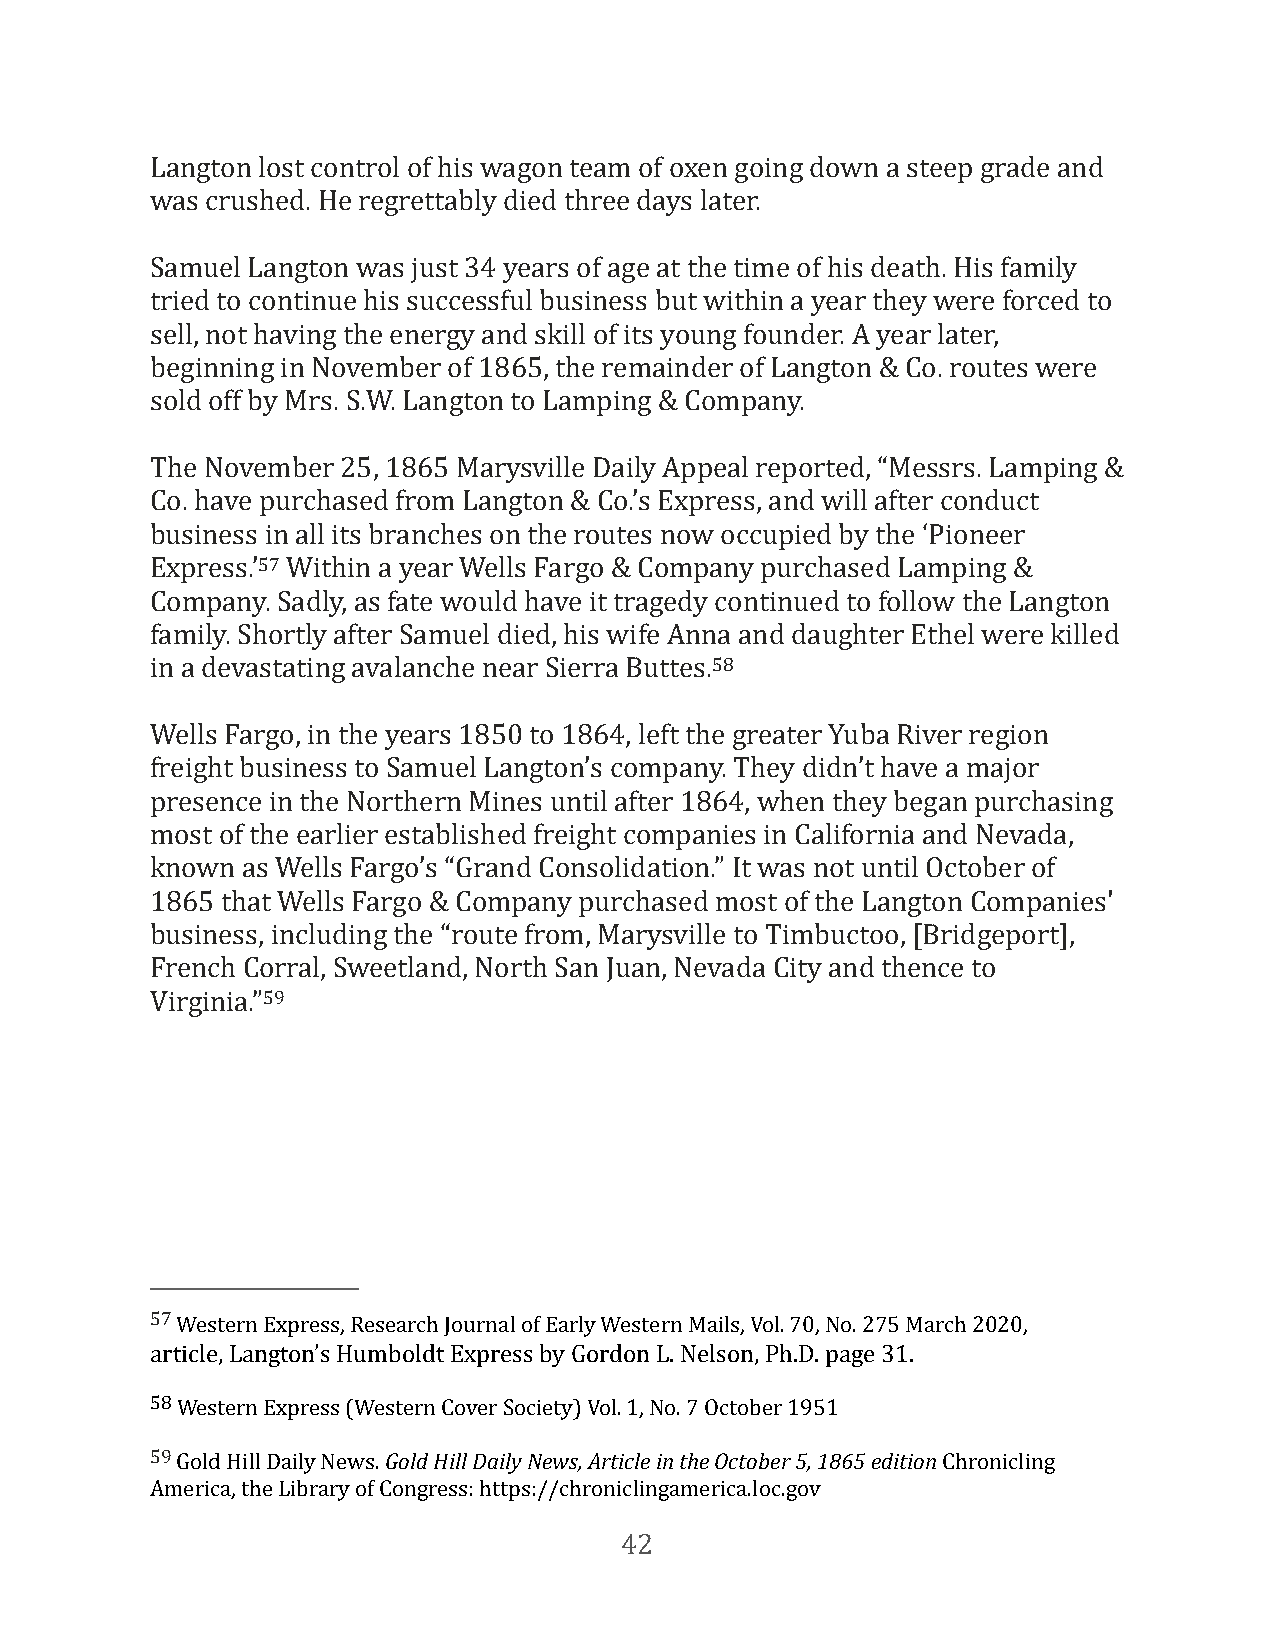
Langton lost control of his wagon team of oxen going down a steep grade and
 was crushed. He regrettably died three days later.
 Samuel Langton was just 34 years of age at the time of his death. His family
 tried to continue his successful business but within a year they were forced to
 sell, not having the energy and skill of its young founder. A year later,
 beginning in November of 1865, the remainder of Langton & Co. routes were
 sold off by Mrs. S.W. Langton to Lamping & Company.
 The November 25, 1865 Marysville Daily Appeal reported, “Messrs. Lamping &
 Co. have purchased from Langton & Co.’s Express, and will after conduct
 business in all its branches on the routes now occupied by the ‘Pioneer
 Express.’57 Within a year Wells Fargo & Company purchased Lamping &
 Company. Sadly, as fate would have it tragedy continued to follow the Langton
 family. Shortly after Samuel died, his wife Anna and daughter Ethel were killed
 in a devastating avalanche near Sierra Buttes.58
 Wells Fargo, in the years 1850 to 1864, left the greater Yuba River region
 freight business to Samuel Langton’s company. They didn’t have a major
 presence in the Northern Mines until after 1864, when they began purchasing
 most of the earlier established freight companies in California and Nevada,
 known as Wells Fargo’s “Grand Consolidation.” It was not until October of
 1865 that Wells Fargo & Company purchased most of the Langton Companies'
 business, including the “route from, Marysville to Timbuctoo, [Bridgeport],
 French Corral, Sweetland, North San Juan, Nevada City and thence to
 Virginia.”59
 57 Western Express, Research Journal of Early Western Mails, Vol. 70, No. 275 March 2020,
 article, Langton’s Humboldt Express by Gordon L. Nelson, Ph.D. page 31.
 58 Western Express (Western Cover Society) Vol. 1, No. 7 October 1951
 59 Gold Hill Daily News. Gold Hill Daily News, Article in the October 5, 1865 edition Chronicling
 America, the Library of Congress: https://chroniclingamerica.loc.gov
 42